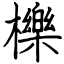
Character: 櫟